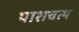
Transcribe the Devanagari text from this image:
पाशचत्य